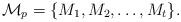
LaTeX: \begin{align*} \mathcal M_p=\{M_1,M_2,\ldots, M_t\}.\end{align*}